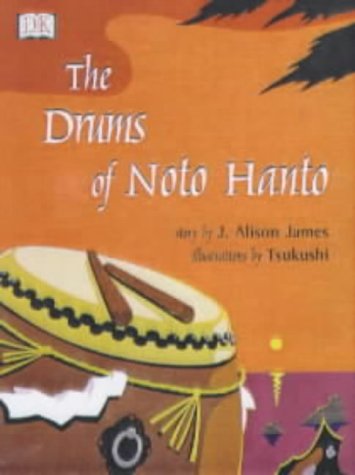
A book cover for The Drums of Noto Hanto; J.Alison James; Children's Books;